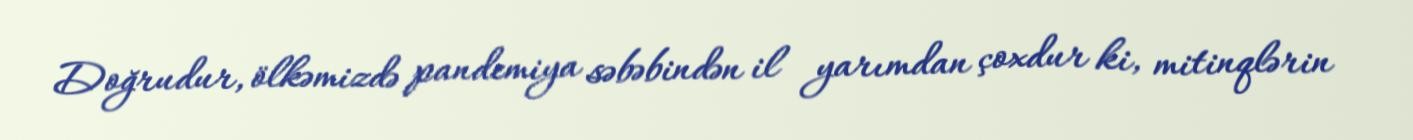
Doğrudur, ölkəmizdə pandemiya səbəbindən il yarımdan çoxdur ki, mitinqlərin